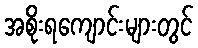
အစိုးရကျောင်းများတွင်